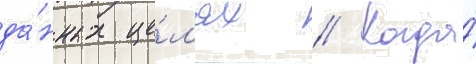
да́нных це́л'ях // Когда́